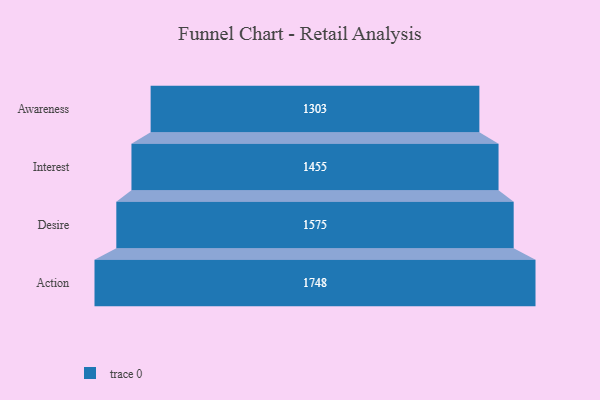
{"axis": {"x": "Stage", "y": "Value"}, "legend": [""], "data": [{"x": "Awareness", "y": 1303.0, "type": ""}, {"x": "Interest", "y": 1455.0, "type": ""}, {"x": "Desire", "y": 1575.0, "type": ""}, {"x": "Action", "y": 1748.0, "type": ""}]}